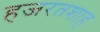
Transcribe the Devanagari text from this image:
हजरतशाह